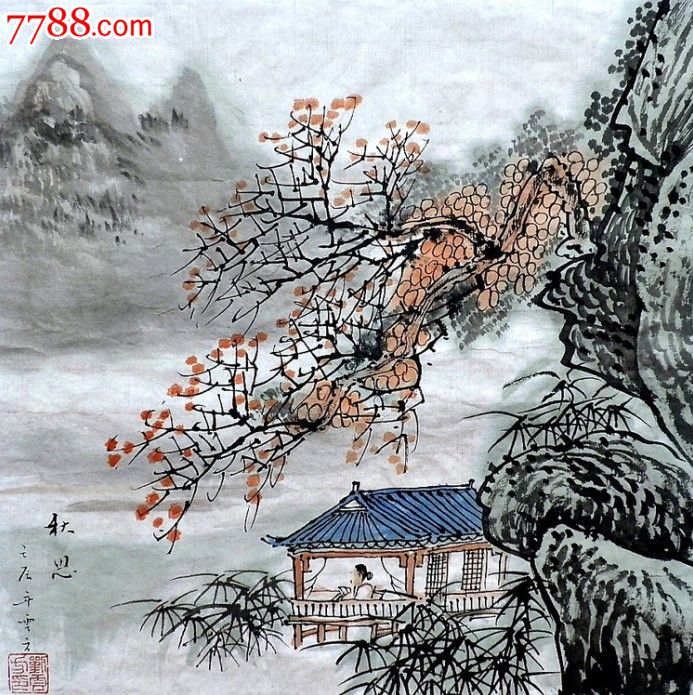
淡淡横朝烟，脉脉深秋思。